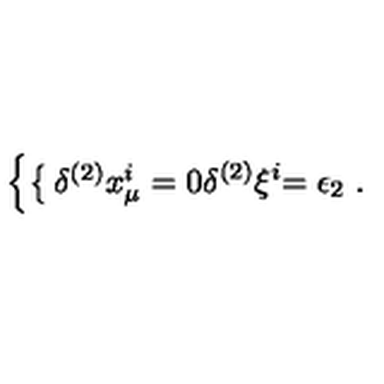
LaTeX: \left\{ \begin{cases} { \delta ^ { ( 2 ) } x _ { \mu } ^ { i } } & { = 0 } \\ { \delta ^ { ( 2 ) } \xi ^ { i } } & { = \epsilon _ { 2 } } \\ \end{cases} \right. .